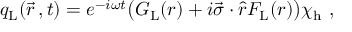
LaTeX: q _ { \mathrm { L } } ( \vec { r } \, , t ) = e ^ { - i \omega t } \bigl ( G _ { \mathrm { L } } ( r ) + i \vec { \sigma } \cdot \hat { r } F _ { \mathrm { L } } ( r ) \bigr ) \chi _ { \mathrm { h } } \ ,